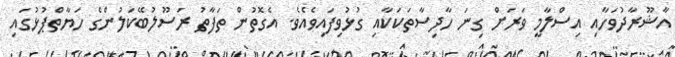
އާޝޫރާދުވަހާއި އިސްލާމީ ވަރަށް ގިނަ ހާދިސާތަކަކާއި ގުޅުވިފައިވެއެވެ. އެގޮތުން ތަފާތު ރަސޫލުބޭކަލުންގެ ހަޔާތްޕުޅުގައި